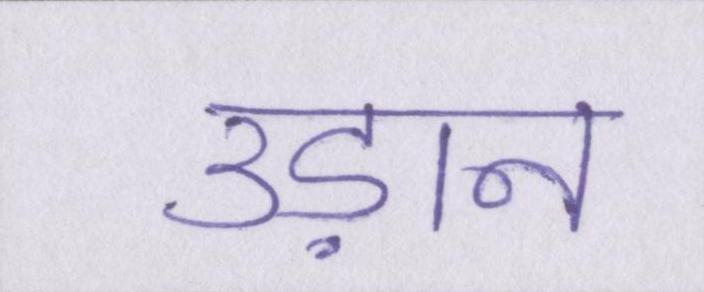
उड़ान